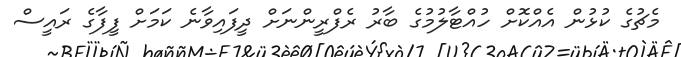
މެޗުގެ ކުޅުން އެއްކޮށް ހުއްޓާލުމުގެ ބާރު ރެފްރީންނަށް ދީފައިވާނެ ކަމަށް ފީފާގެ ރައީސް